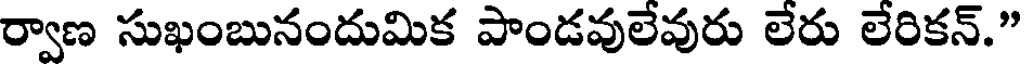
ర్వాణ సుఖంబునందుమిక పాండవులేవురు లేరు లేరికన్."